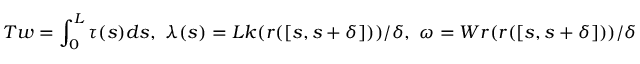
T w = \int _ { 0 } ^ { L } \tau ( s ) d s , ~ \lambda ( s ) = L k ( \boldsymbol { r } ( [ s , s + \delta ] ) ) / \delta , ~ \omega = W r ( \boldsymbol { r } ( [ s , s + \delta ] ) ) / \delta